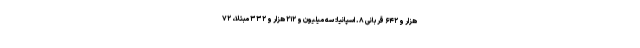
هزار و ۶۴۲ قربانی ۸. اسپانیا: سه میلیون و ۲۱۲ هزار و ۳۳۲ مبتلا، ۷۲